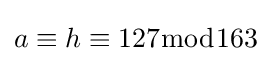
a\equiv h\equiv 127{\bmod {163}}